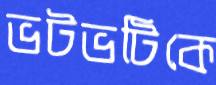
ভটভটিকে